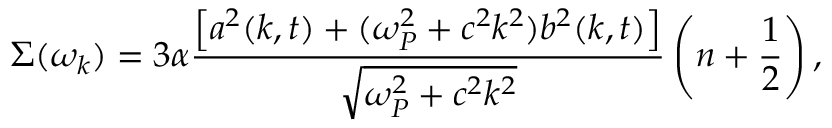
\Sigma ( \omega _ { k } ) = { 3 } \alpha \frac { \left[ a ^ { 2 } ( k , t ) + ( \omega _ { P } ^ { 2 } + c ^ { 2 } k ^ { 2 } ) b ^ { 2 } ( k , t ) \right] } { \sqrt { \omega _ { P } ^ { 2 } + c ^ { 2 } k ^ { 2 } } } \left( n + \frac { 1 } { 2 } \right) ,